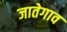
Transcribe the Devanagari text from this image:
जातेगाव